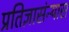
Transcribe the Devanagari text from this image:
प्रतिज्ञासंन्यास